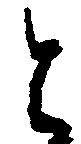
と